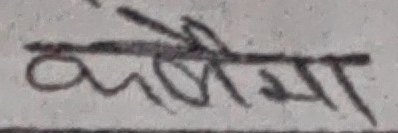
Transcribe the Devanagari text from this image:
कालीमा